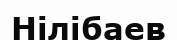
Нілібаев